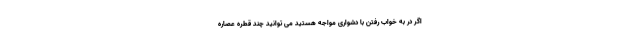
اگر در به خواب رفتن با دشواری مواجه هستید می توانید چند قطره عصاره